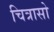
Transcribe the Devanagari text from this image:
चित्रासो